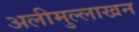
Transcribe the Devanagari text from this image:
अलीमुल्लाखन